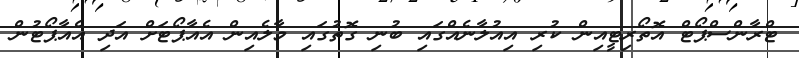
ޓްރާންސްޕޯޓް އޮތޯރިޓީއިން ކުރި އިއުލާނެއްގައި ބުނި ގޮތުގައި މާލެއިން އެއާޕޯޓަށް އަދި އެއާޕޯޓުން